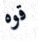
قوه